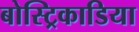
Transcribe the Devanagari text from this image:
बोस्ट्रिकाडिया